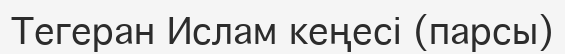
Тегеран Ислам кеңесі (парсы)